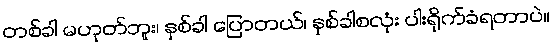
တစ်ခါ မဟုတ်ဘူး၊ နှစ်ခါ ပြောတယ်၊ နှစ်ခါစလုံး ပါးရိုက်ခံရတာပဲ။